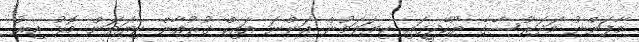
މާފަންނު މަދަރުސާގެ ޔޫކޭޖީގައި ކިޔަވަމުން އަންނަ އައިކް ގުރުއާން ކިޔަވަން މޮޅު އިރު